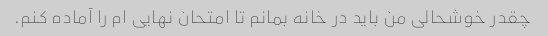
چقدر خوشحالی من باید در خانه بمانم تا امتحان نهایی ام را آماده کنم.